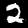
Label: 2